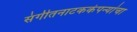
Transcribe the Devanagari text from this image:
संगीतनाटककंपन्यांचा